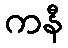
ကနီ